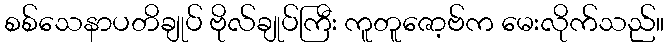
စစ်သေနာပတိချုပ် ဗိုလ်ချုပ်ကြီး ကူတူဇော့ဗ်က မေးလိုက်သည်။